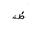
Letter: _dad